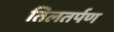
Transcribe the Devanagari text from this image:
तिलतर्पण